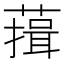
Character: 䔱